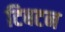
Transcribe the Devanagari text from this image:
टिबटन